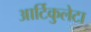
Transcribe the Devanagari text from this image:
आर्टिकुलेटा